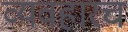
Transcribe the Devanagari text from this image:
व्यवहारच